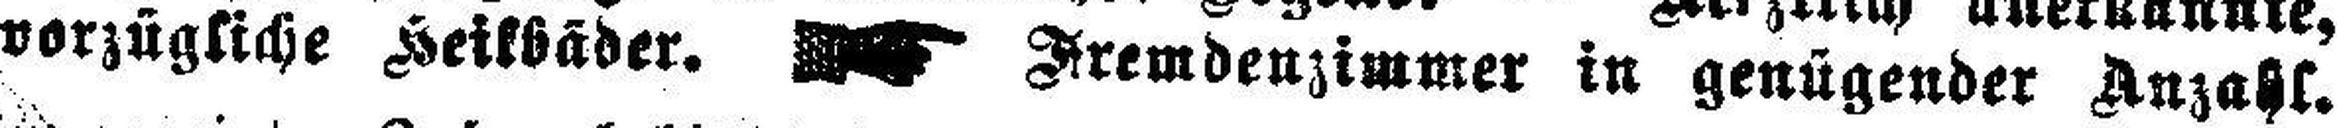
vorzügliche Heilbäder. Fremdenzimmer in genügender Anzahl.